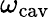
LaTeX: \omega_{\mathrm{cav}}